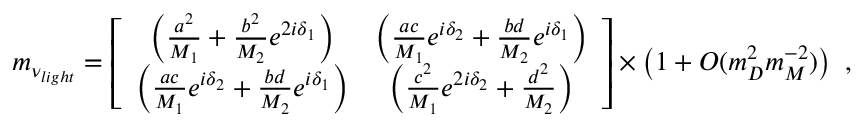
m _ { \nu _ { l i g h t } } = \left[ \begin{array} { c c } { { \left( \frac { a ^ { 2 } } { M _ { 1 } } + \frac { b ^ { 2 } } { M _ { 2 } } e ^ { 2 i \delta _ { 1 } } \right) } } & { { \left( \frac { a c } { M _ { 1 } } e ^ { i \delta _ { 2 } } + \frac { b d } { M _ { 2 } } e ^ { i \delta _ { 1 } } \right) } } \\ { { \left( \frac { a c } { M _ { 1 } } e ^ { i \delta _ { 2 } } + \frac { b d } { M _ { 2 } } e ^ { i \delta _ { 1 } } \right) } } & { { \left( \frac { c ^ { 2 } } { M _ { 1 } } e ^ { 2 i { \delta } _ { 2 } } + \frac { d ^ { 2 } } { M _ { 2 } } \right) } } \end{array} \right] \times \left( 1 + { \cal O } ( m _ { D } ^ { 2 } m _ { M } ^ { - 2 } ) \right) \ ,